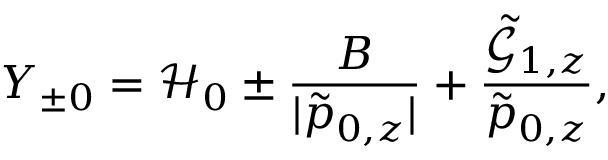
{ Y } _ { \pm 0 } = \mathcal { H } _ { 0 } \pm \frac { B } { | \tilde { p } _ { 0 , z } | } + \frac { \tilde { \mathcal { G } } _ { 1 , z } } { \tilde { p } _ { 0 , z } } ,